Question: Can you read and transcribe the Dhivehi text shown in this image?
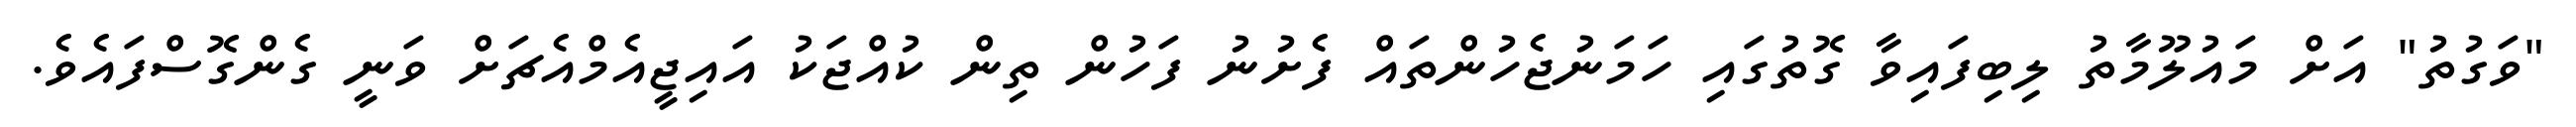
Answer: "ވަގުތު" އަށް މައުލޫމާތު ލިބިފައިވާ ގޮތުގައި ހަމަނުޖެހުންތައް ފެށުނު ފަހުން ތިން ކުއްޖަކު އައިޖީއެމްއެޗަށް ވަނީ ގެންގޮސްފައެވެ.